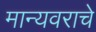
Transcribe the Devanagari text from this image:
मान्यवराचे